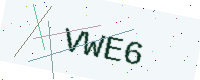
Text: VWE6